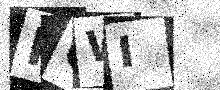
Text: NCWI